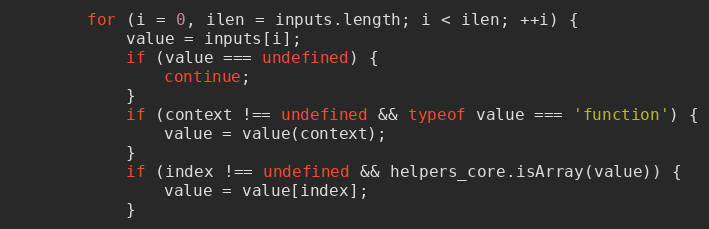
Language: JavaScript
		for (i = 0, ilen = inputs.length; i < ilen; ++i) {
			value = inputs[i];
			if (value === undefined) {
				continue;
			}
			if (context !== undefined && typeof value === 'function') {
				value = value(context);
			}
			if (index !== undefined && helpers_core.isArray(value)) {
				value = value[index];
			}